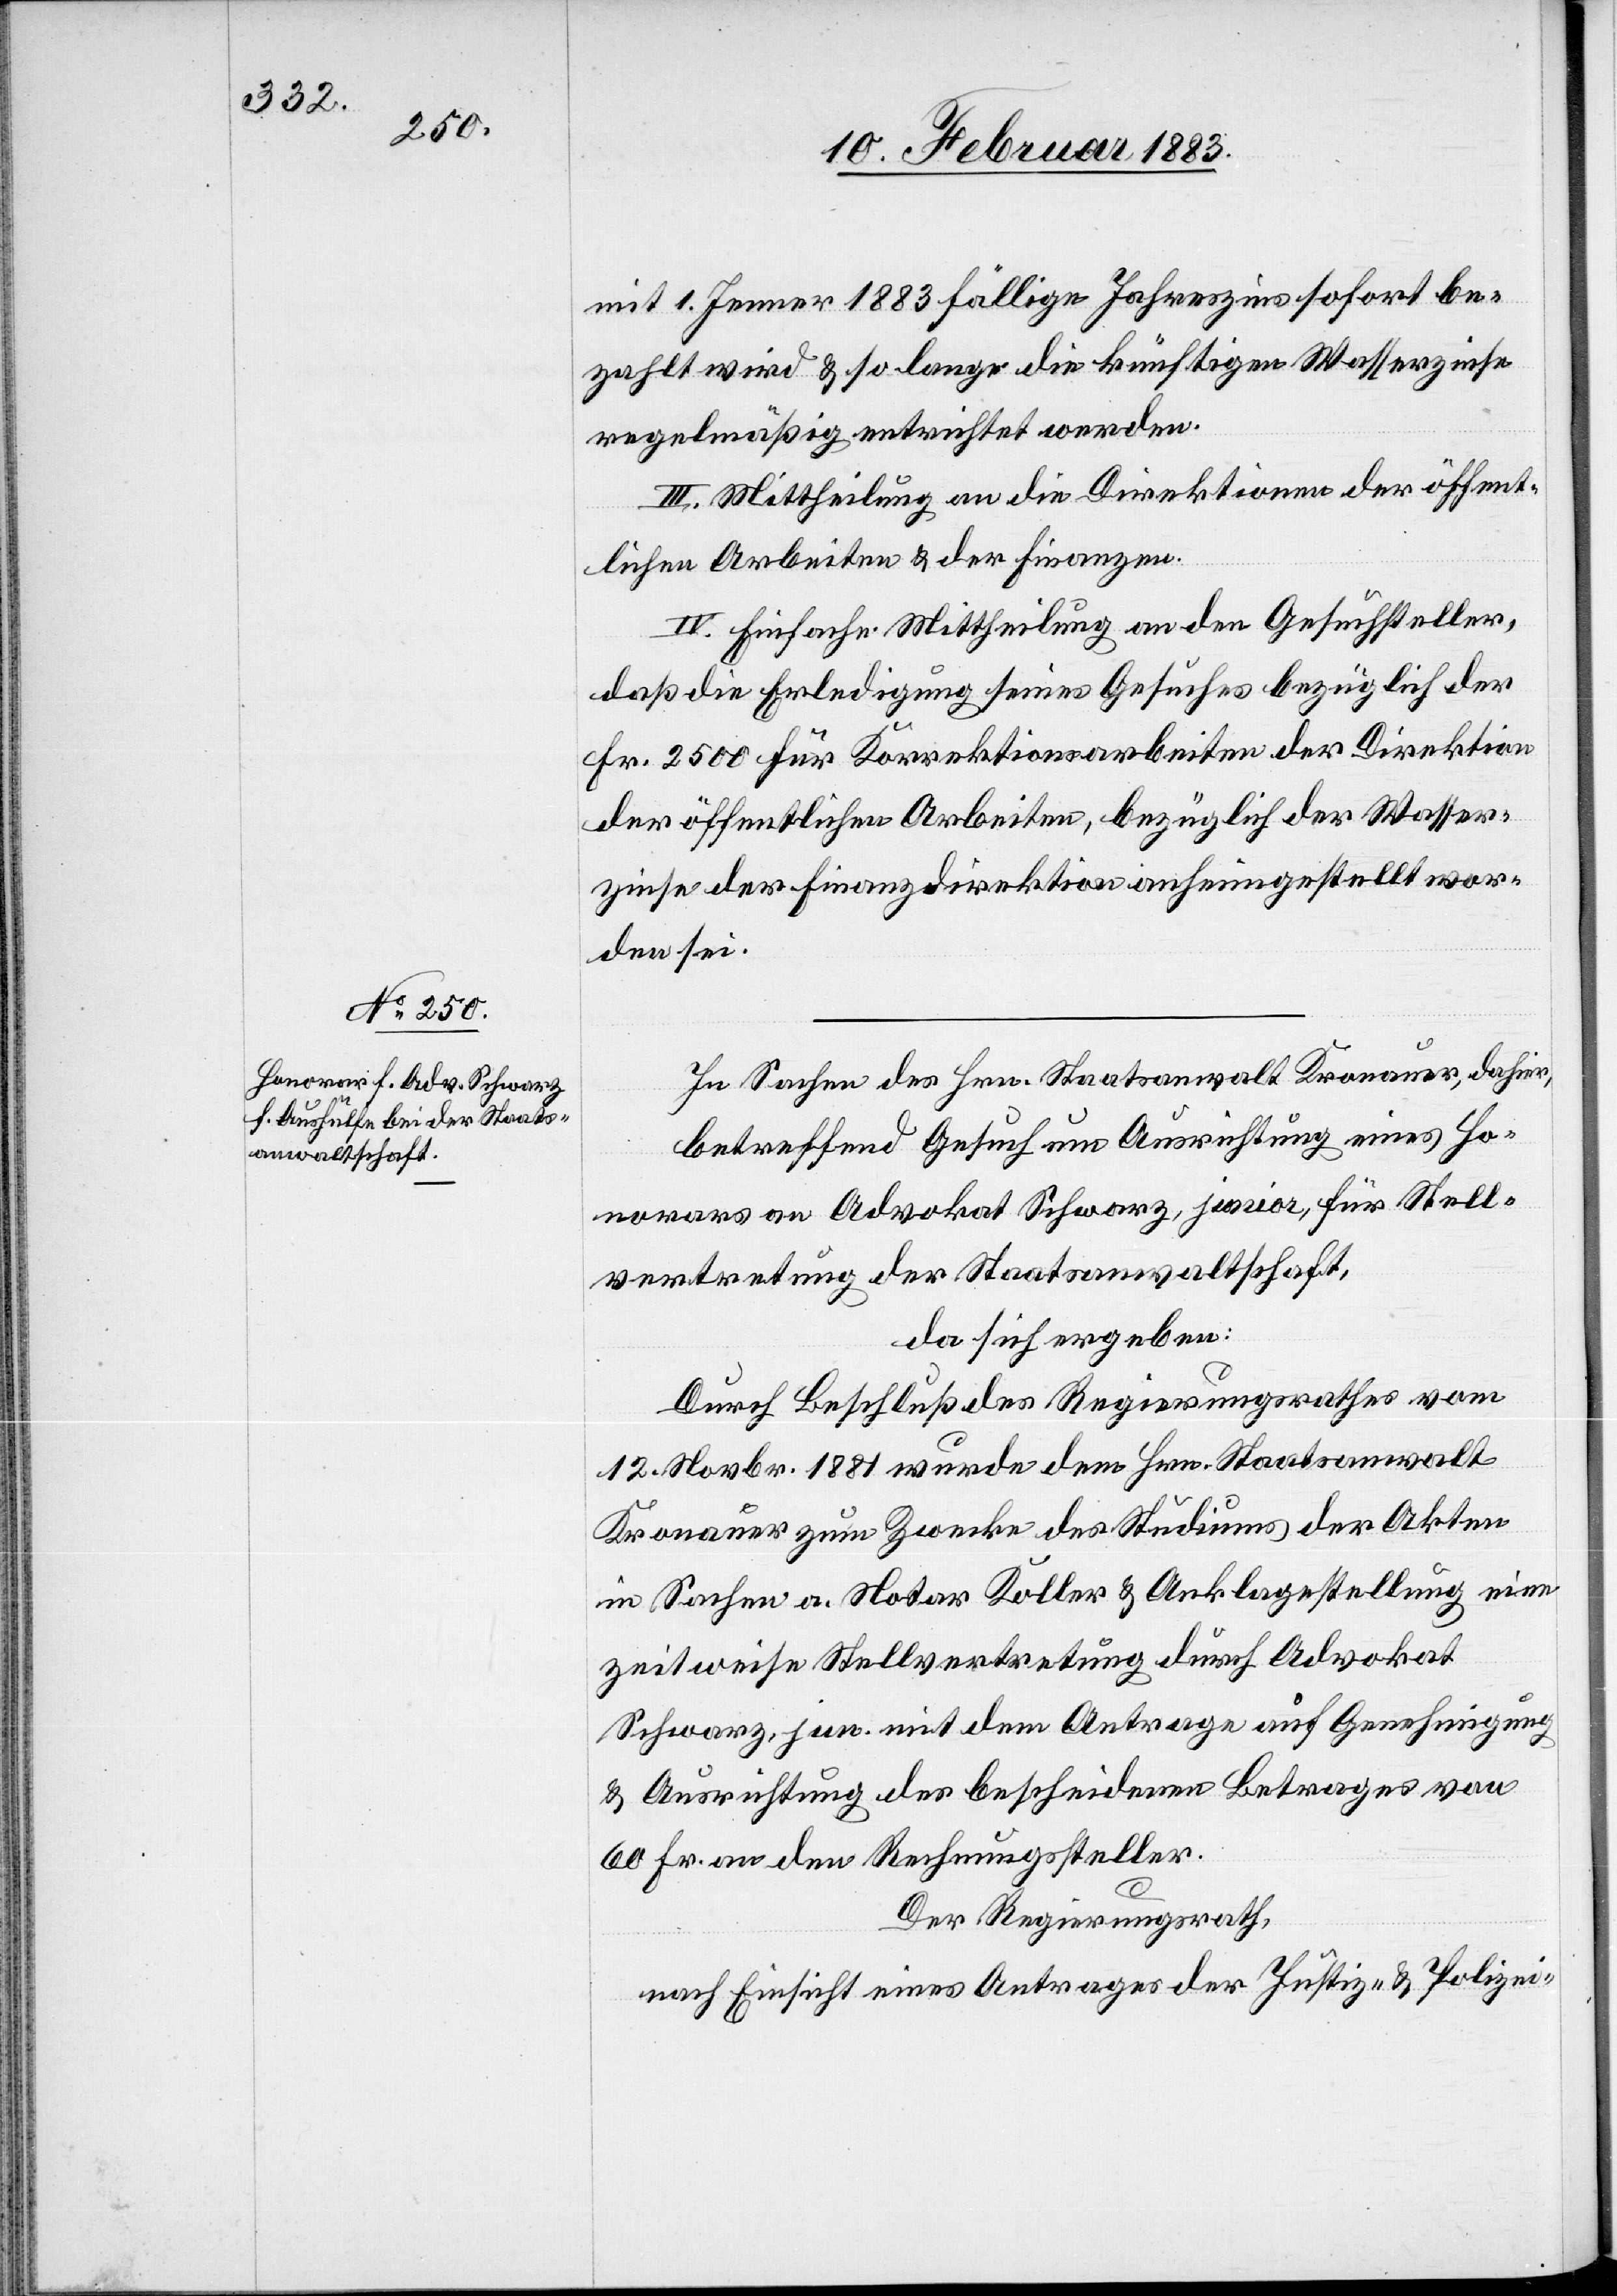
mit 1. Jenner 1883 fällige Jahreszins sofort be¬
zahlt wird & so lange die künftigen Wasserzinse
regelmäßig entrichtet werden.
III. Mittheilung an die Direktionen der öffent¬
lichen Arbeiten & der Finanzen.
IV. Einfache Mittheilung an den Gesuchsteller,
daß die Erledigung seines Gesuches bezüglich der
Fr. 2500 für Korrektionsarbeiten der Direktion
der öffentlichen Arbeiten, bezüglich der Wasser¬
zinse der Finanzdirektion anheimgestellt wor¬
den sei.
In Sachen des Hrn. Staatsanwalt Kronauer, dahier,
betreffend Gesuch um Ausrichtung eines Ho¬
norars an Advokat Schwarz, junior, für Stell¬
vertretung der Staatsanwaltschaft,
da sich ergeben:
Durch Beschluß des Regierungsrathes vom
12. Novbr. 1881 wurde dem Hrn. Staatsanwalt
Kronauer zum Zwecke des Studiums der Akten
in Sachen a. Notar Koller & Anklagestellung eine
zeitweise Stellvertretung durch Advokat
Schwarz, jun. mit dem Antrage auf Genehmigung
& Ausrichtung des bescheidenen Betrages von
60 Fr. an den Rechnungssteller.
Der Regierungsrath,
nach Einsicht eines Antrages der Justiz- & Polizei-